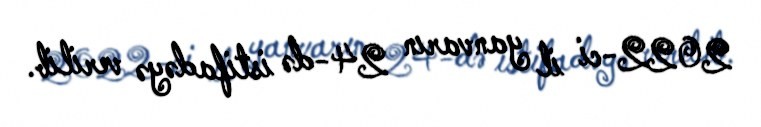
2022-ci il yanvarın 24-də istifadəyə verilib.